Trukikaitis_Postimees, lk 36
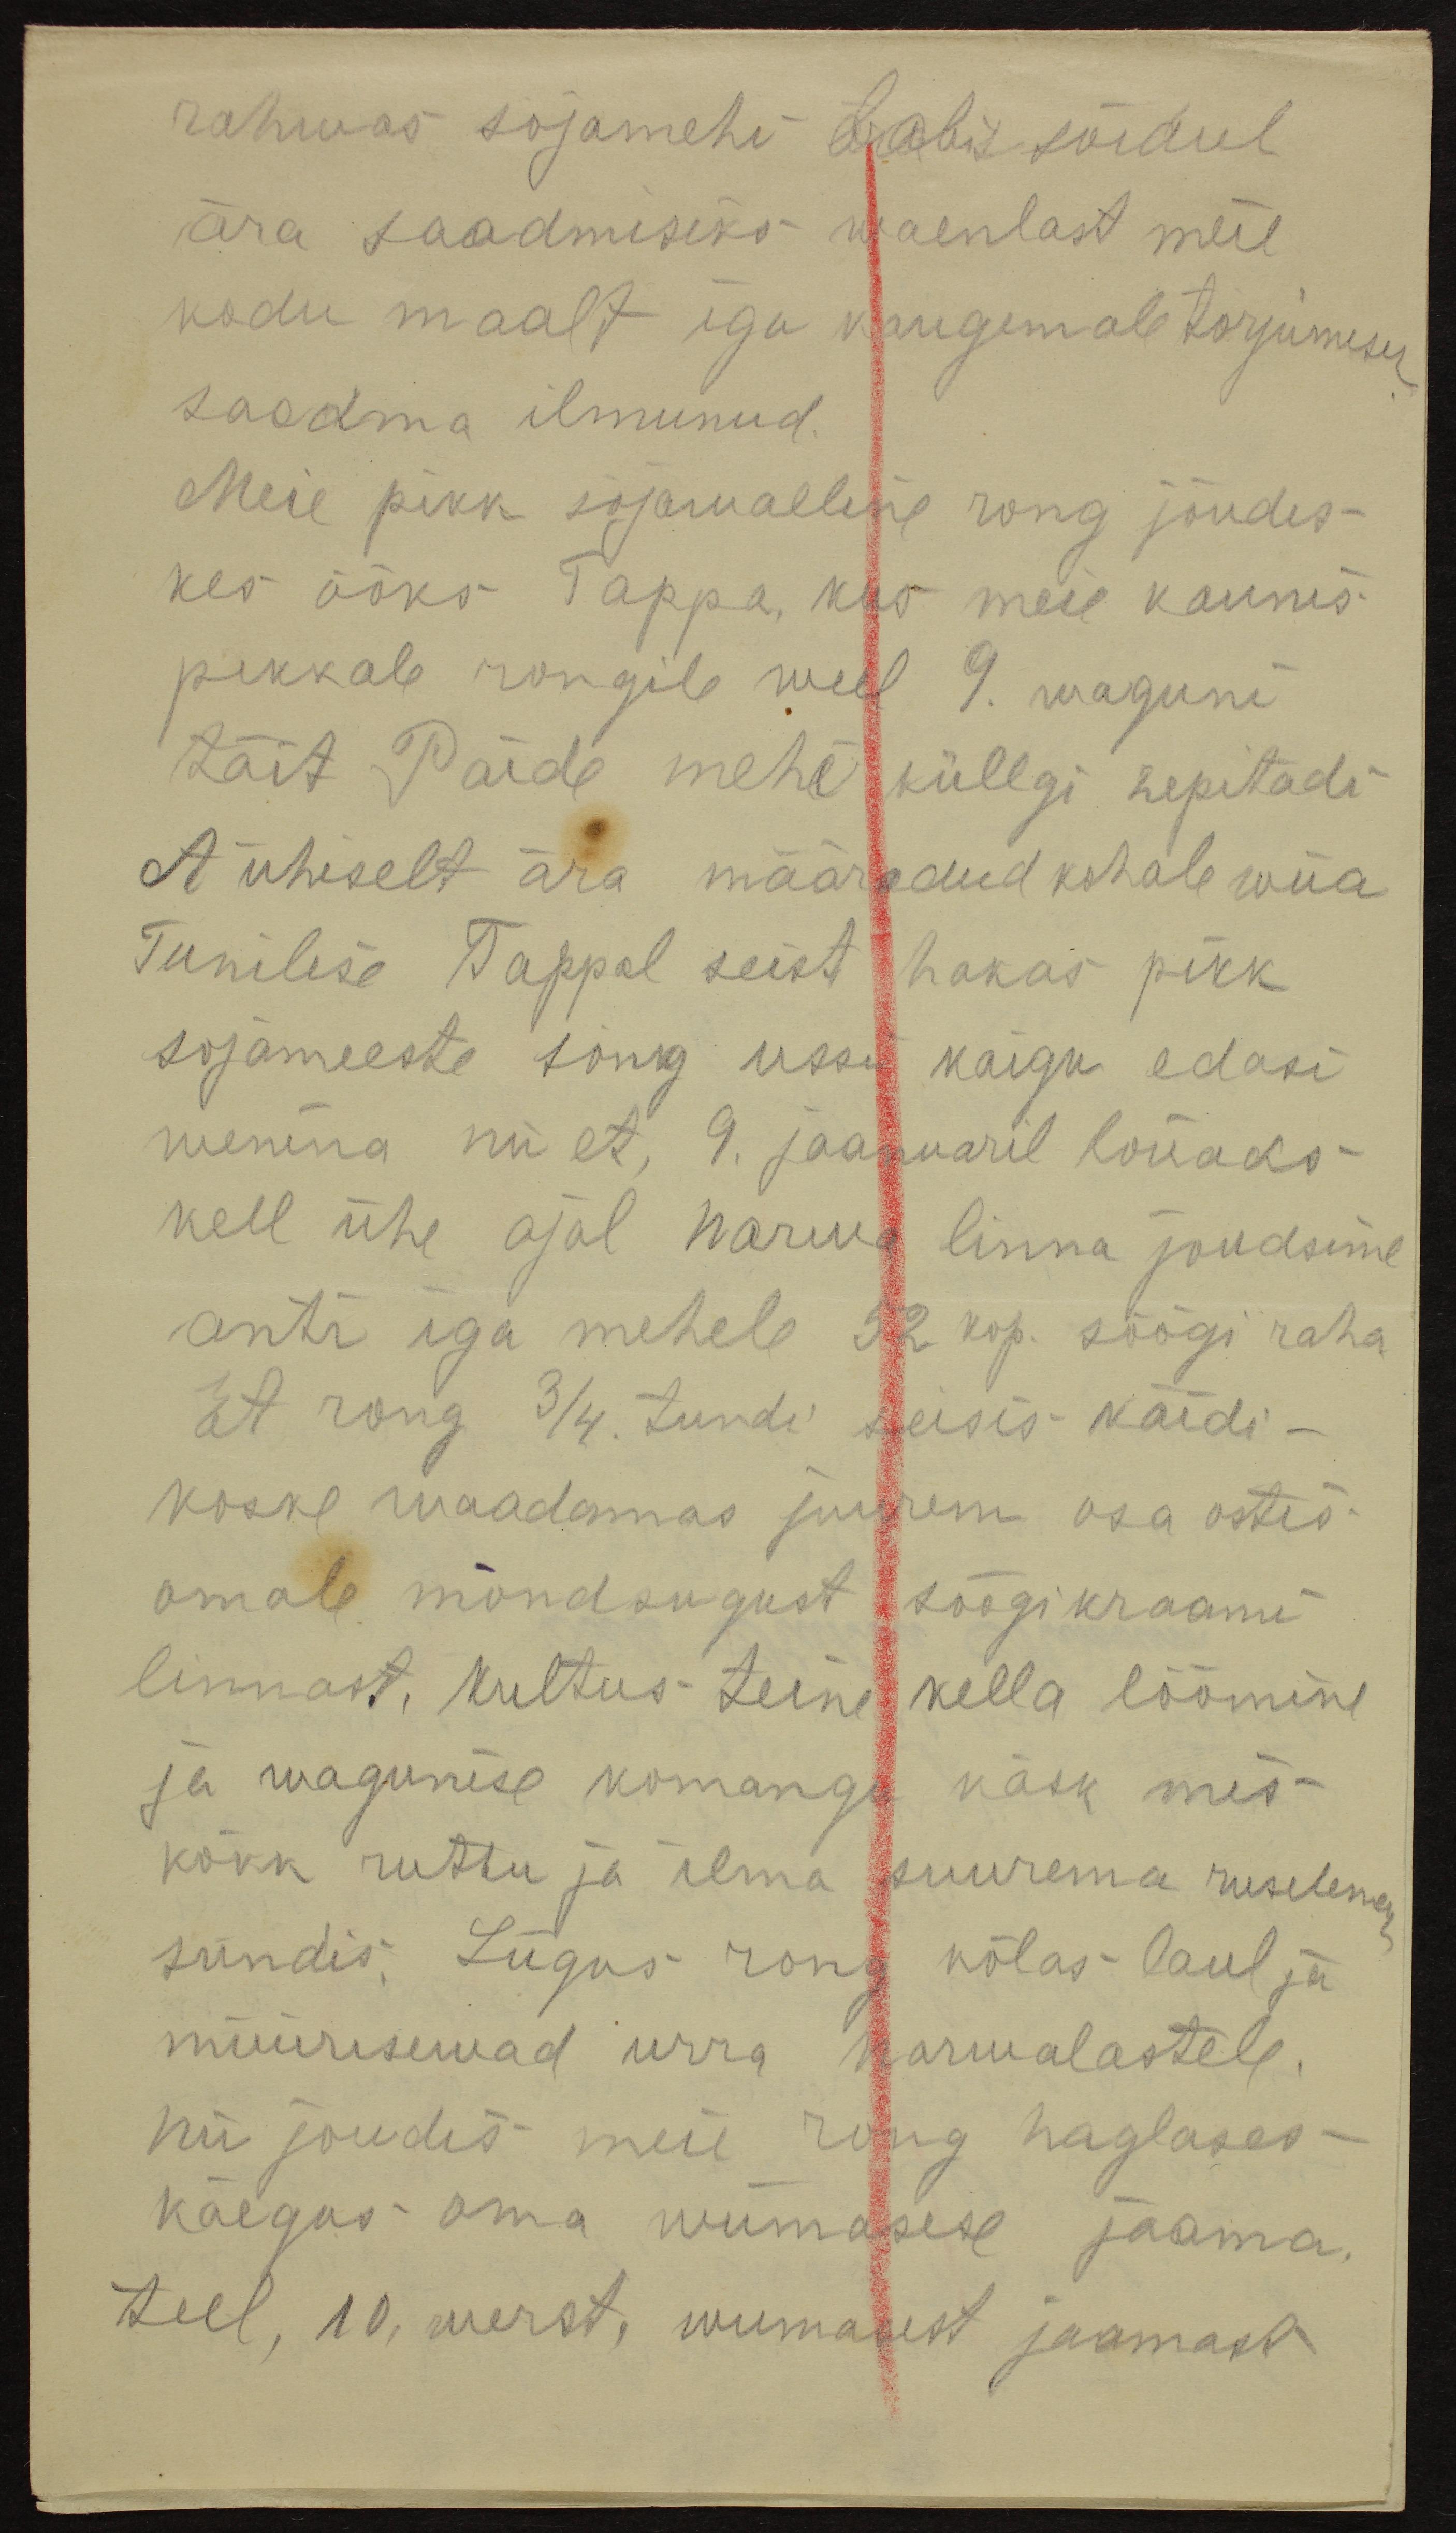
rahwas sõjamehi labi sõidul
ära saadmiseks waenlast meie
kodu maalt iga kaugemale torjumise
saadma ilmunud.
Meie pikk sõjawaeline rong jõudis
kes ööks Tappa, kus meie kaunis
pikkale rongile weel 9. waguni
täit Paide mehe küllgi sepitadi
et ühiselt ära määradud kohale wiia
Tunilise Tappal seist hakas pikk
sõjameeste rong ussi käigu edasi
wenima nii et, 9. jaanuaril lõnaks
kell ühe ajal Narwa linna jõudsime
anti iga mehele 52 kop. söögi raha
Et rong 3/4 tundi seisis käidi-
koske waadamas suurem osa ostes
omale mõndsugust söögikraami
linnast, kultus teine kella löömine
ja wagunise komangu käsk mis
kõkk ruttu ja ilma suurema ruselema
sündis. Liigus rong kõlas laul ja
müürisemwd urra narwalastele.
nii jõudis meie rong haglases
käegus oma wiimasese jaama.
teel, 10, werst, wiimasest jaamast